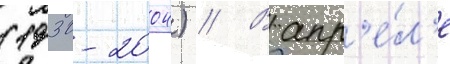
(1930-2004) // В апр'е́л'е